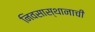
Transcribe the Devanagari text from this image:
निवसास्थानाची